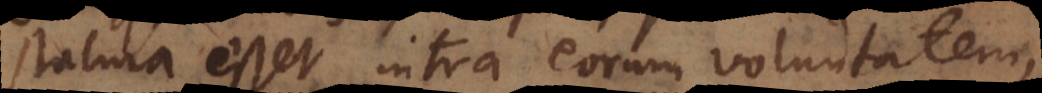
statura esset intra ipsorum volunt